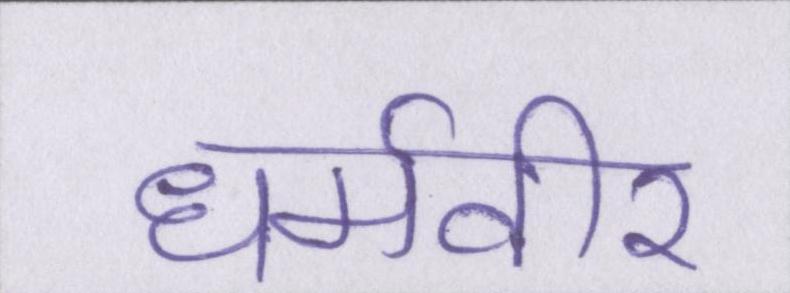
धर्मवीर